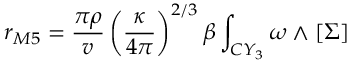
r _ { M 5 } = \frac { \pi \rho } { v } \left( \frac { \kappa } { 4 \pi } \right) ^ { 2 / 3 } \beta \int _ { C Y _ { 3 } } \omega \wedge [ \Sigma ]